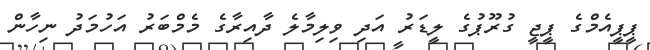
ޕީޕީއެމްގެ ޕީޖީ ގުރޫޕުގެ ލީޑަރު އަދި ވިލިމާލެ ދާއިރާގެ މެމްބަރު އަހުމަދު ނިހާން